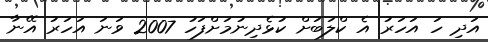
އަދި ހަ އަހަރު އެ ކްލަބަށް ކުޅެދިނުމަށްފަހު 2007 ވަނަ އަހަރު އޭނާ